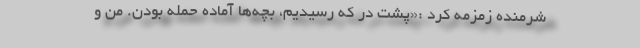
شرمنده زمزمه کرد :«پشت در که رسیدیم، بچه‌ها آماده حمله بودن. من و